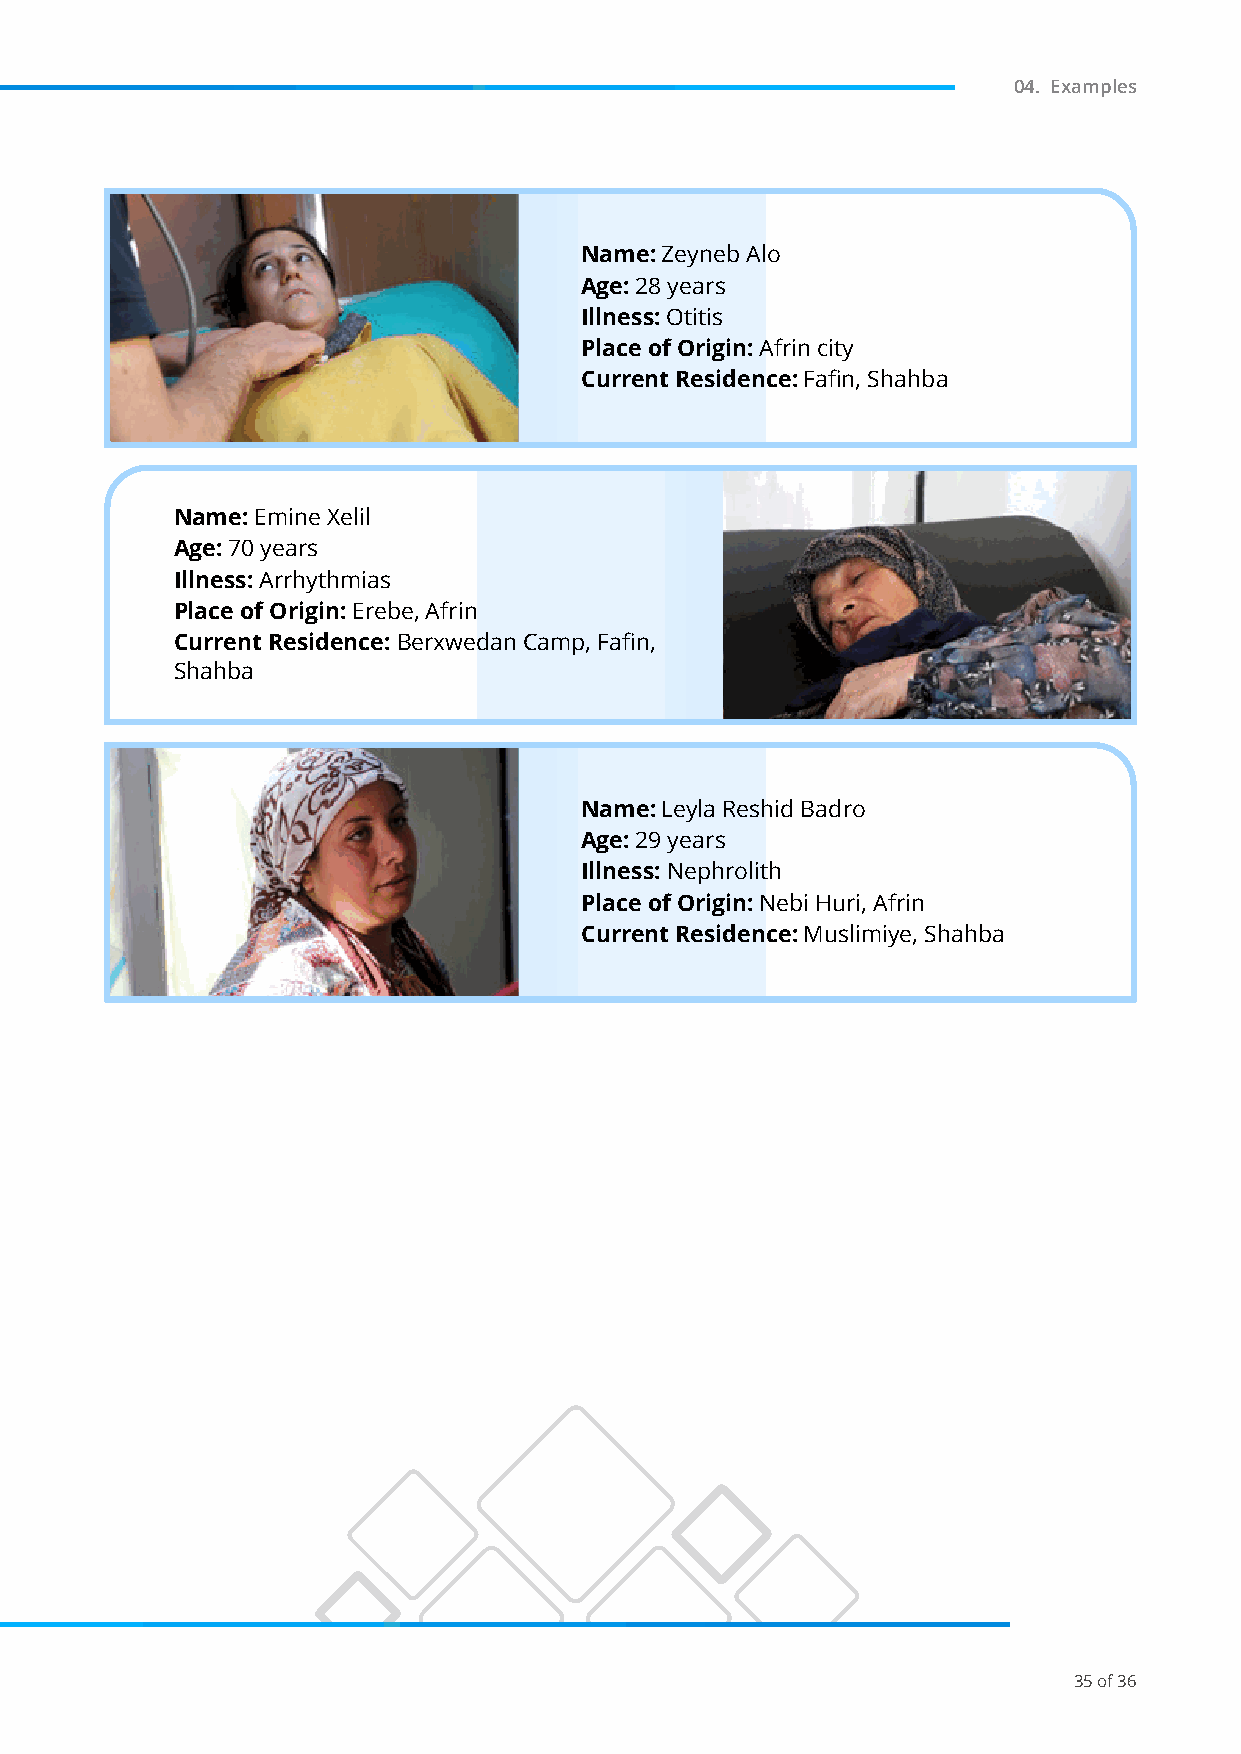
04. Examples
 Name: Zeyneb Alo
 Age: 28 years
 Illness: Otitis
 Place of Origin: Afrin city
 Current Residence: Fafin, Shahba
 Name: Emine Xelil
 Age: 70 years
 Illness: Arrhythmias
 Place of Origin: Erebe, Afrin
 Current Residence: Berxwedan Camp, Fafin,
 Shahba
 Name: Leyla Reshid Badro
 Age: 29 years
 Illness: Nephrolith
 Place of Origin: Nebi Huri, Afrin
 Current Residence: Muslimiye, Shahba
 35 of 36